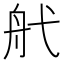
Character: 𦨒